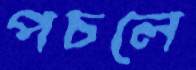
পচলে